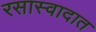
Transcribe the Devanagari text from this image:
रसास्वादात